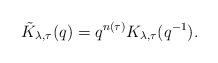
LaTeX: \begin{align*}\tilde{K}_{\lambda,\tau}(q)=q^{n(\tau)}K_{\lambda,\tau}(q^{-1}).\end{align*}